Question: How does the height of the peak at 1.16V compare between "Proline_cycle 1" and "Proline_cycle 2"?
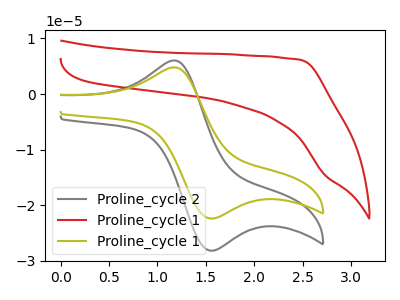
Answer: <think>The gray curve "Proline_cycle 2" has an anodic peak at (1.15V, 6.05uA) and a cathodic peak at (1.60V, -28.15uA). The red curve "Proline_cycle 1" has no peaks. The olive curve "Proline_cycle 1" has an anodic peak at (1.15V, 4.80uA) and a cathodic peak at (1.60V, -22.35uA).</think>
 <answer>The peak at 1.16V is lower in "Proline_cycle 1" than in "Proline_cycle 2".</answer>
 <eval>lower</eval>